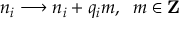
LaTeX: n _ { i } \longrightarrow n _ { i } + q _ { i } m , \; \; m \in { \bf Z }